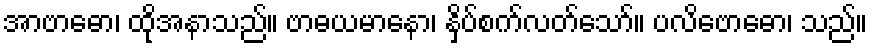
အာဗာဓော၊ ထိုအနာသည်။ ဗာဓယမာနော၊ နှိပ်စက်လတ်သော်။ ပလိဗောဓော၊ သည်။